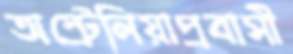
অস্ট্রেলিয়াপ্রবাসী